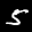
Label: 5